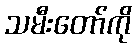
သမီးတော်ကို